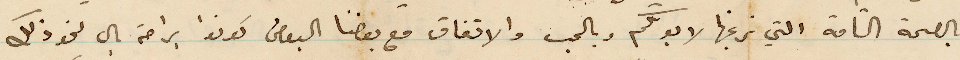
بالصحة التامة التي نرغبها لابوكم وبالحب والاتفاق مع بعضنا البعض كونوا براحة بال نحو ذلك